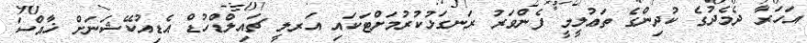
އަހަރާ ދެމެދުގެ ކުދިންގެ ތަޢުލީމީ ފެންވަރު ރަނގަޅުކުރުމަށްޓަކައި އަރލީ ޗައިލްޑްހުޑް އެޑިއުކޭޝަނަށް ޚާއްސަ